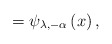
\begin{align*}=\psi _{\lambda ,-\alpha }\left( x\right) , \end{align*}